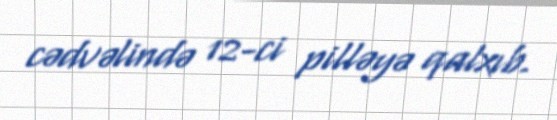
cədvəlində 12-ci pilləyə qalxıb.